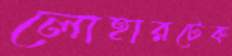
লোহারটেক